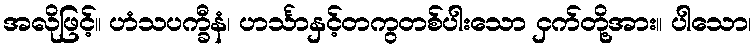
အလိုဖြင့်။ ဟံသပက္ခီနံ၊ ဟင်္သာနှင့်တကွတစ်ပါးသော ငှက်တို့အား။ ပါသော၊